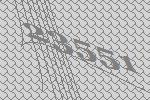
23551